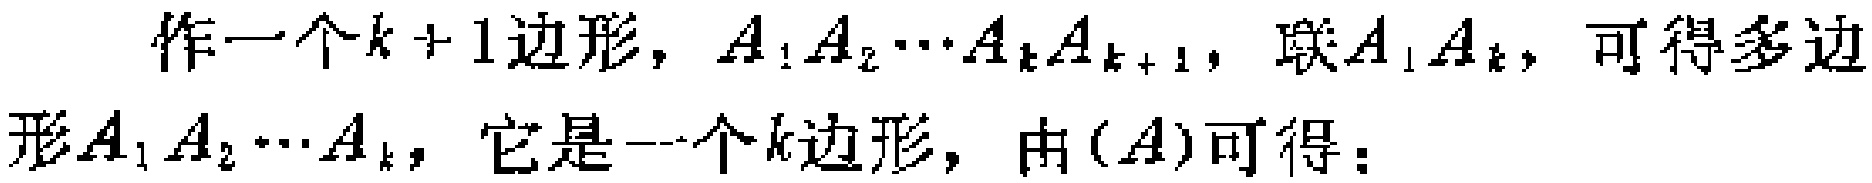
作一个\(k + 1\)边形，\(A_{1}A_{2}\cdots A_{k}A_{k + 1}\)，联\(A_{1}A_{k}\)，可得多边形\(A_{1}A_{2}\cdots A_{k}\)，它是一个\(k\)边形，由\((A)\)可得：